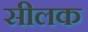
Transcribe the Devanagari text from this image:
सीलक